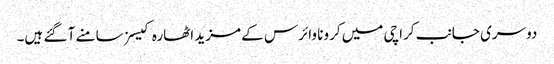
دوسری جانب کراچی میں کرونا وائرس کے مزید اٹھارہ کیسز سامنے آ گئے ہیں۔